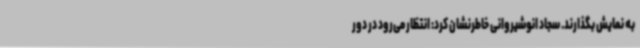
به نمایش بگذارند. سجاد انوشیروانی خاطرنشان کرد: انتظار می‌رود در دور